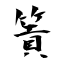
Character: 篢